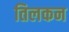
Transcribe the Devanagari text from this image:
तिलकन